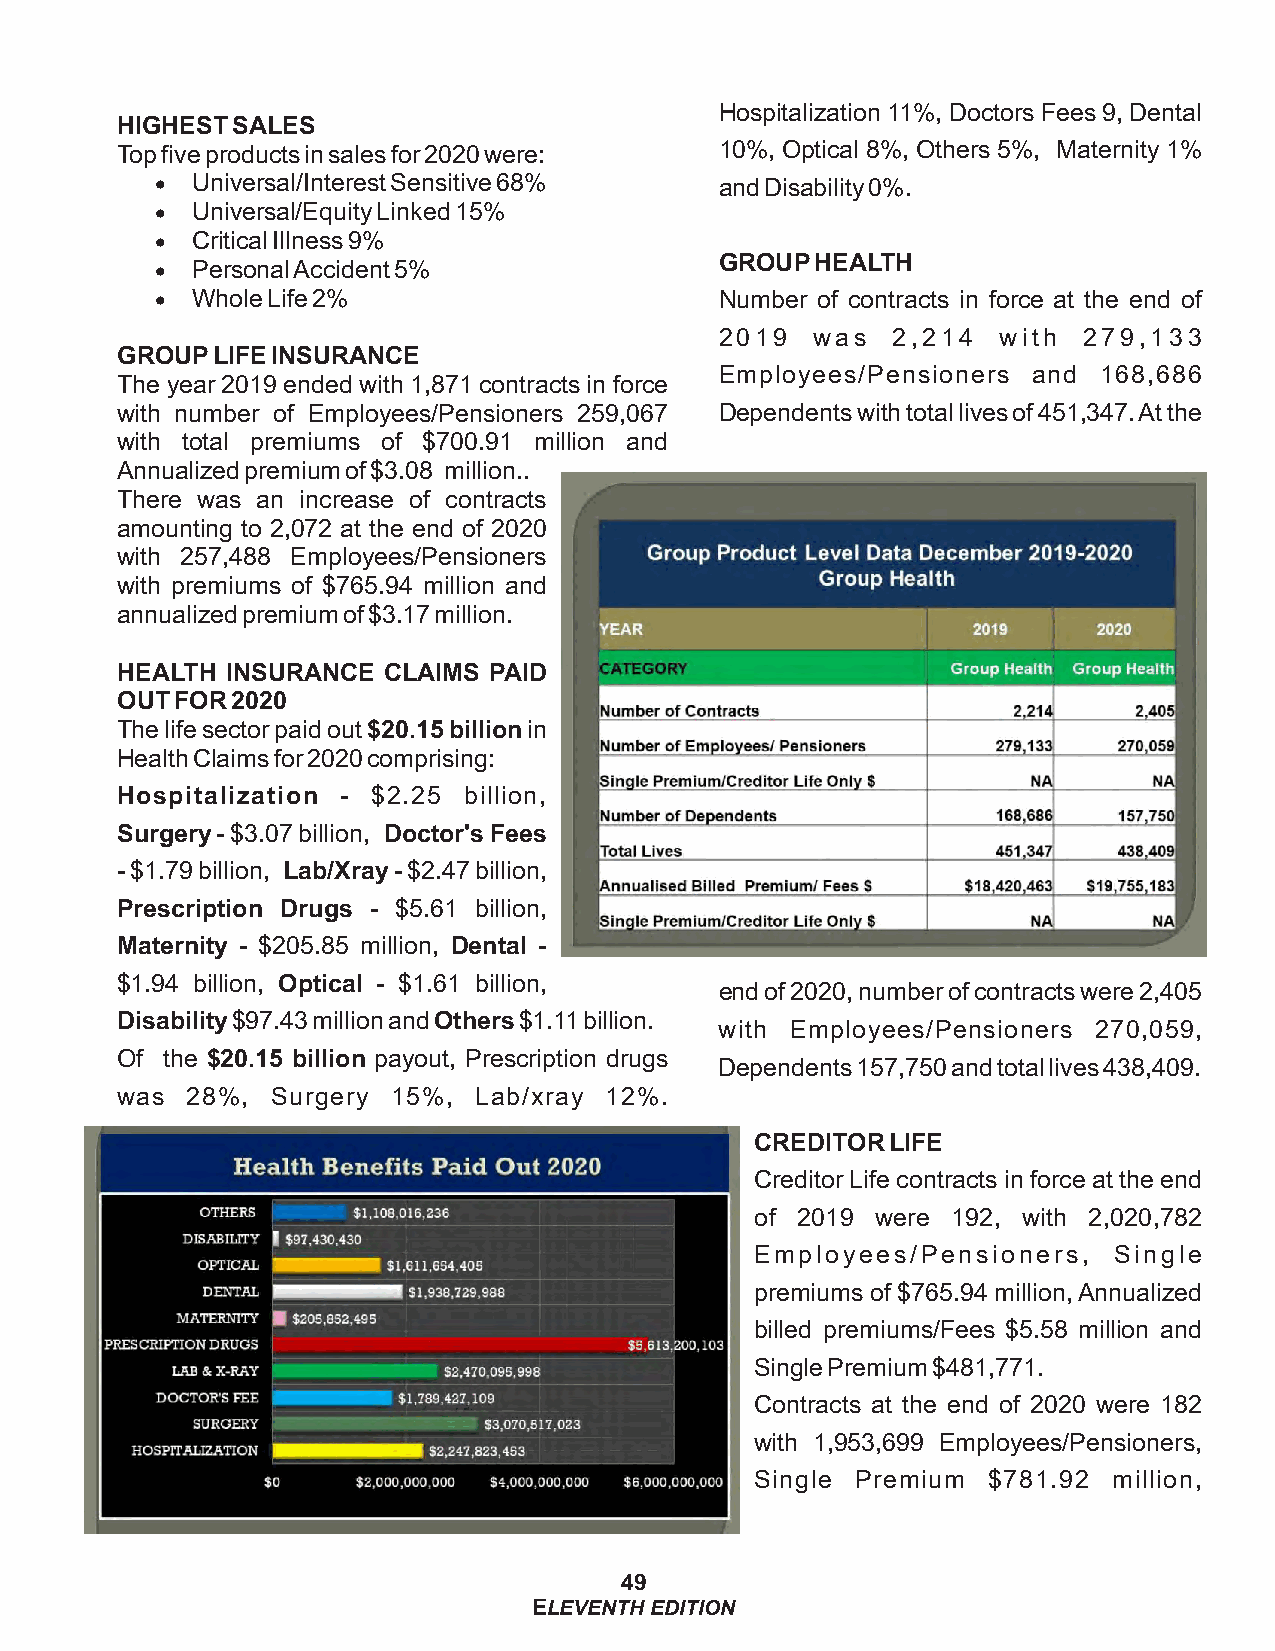
Hospitalization 11%, Doctors Fees 9, Dental
 HIGHEST SALES
 Top five products in sales for 2020 were: 10%, Optical 8%, Others 5%, Maternity 1%
 ·  Universal/Interest Sensitive 68%   and Disability 0%.
 ·  Universal/Equity Linked 15%
 ·  Critical Illness 9%
 GROUP HEALTH
 ·  Personal Accident 5%
 ·  Whole Life 2%                      Number of contracts in force at the end of
 2019  was  2,214  with  279,133
 GROUP LIFE INSURANCE
 Employees/Pensioners and 168,686
 The year 2019 ended with 1,871 contracts in force
 with number of Employees/Pensioners 259,067 Dependents with total lives of 451,347. At the
 with total premiums of $700.91 million and
 Annualized premium of $3.08 million..
 There was an increase of contracts
 amounting to 2,072 at the end of 2020
 with 257,488 Employees/Pensioners
 with premiums of $765.94 million and
 annualized premium of $3.17 million.
 HEALTH INSURANCE CLAIMS PAID
 OUT FOR 2020
 The life sector paid out $20.15 billion in
 Health Claims for 2020 comprising:
 Hospitalization - $2.25 billion,
 Surgery - $3.07 billion, Doctor's Fees
 - $1.79 billion, Lab/Xray - $2.47 billion,
 Prescription Drugs - $5.61 billion,
 Maternity - $205.85 million, Dental -
 $1.94 billion, Optical - $1.61 billion,
 end of 2020, number of contracts were 2,405
 Disability $97.43 million and Others $1.11 billion.
 with Employees/Pensioners 270,059,
 Of the $20.15 billion payout, Prescription drugs
 Dependents 157,750 and total lives 438,409.
 was 28%,  Surgery 15%,  Lab/xray 12%.
 CREDITOR LIFE
 Creditor Life contracts in force at the end
 of 2019 were 192, with 2,020,782
 Employees/Pensioners,   Single
 premiums of $765.94 million, Annualized
 billed premiums/Fees $5.58 million and
 Single Premium $481,771.
 Contracts at the end of 2020 were 182
 with 1,953,699 Employees/Pensioners,
 Single Premium $781.92  million,
 49
 ELEVENTH EDITION